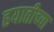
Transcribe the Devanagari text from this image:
हयातीच्या